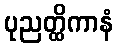
ပုညတ္ထိကာနံ